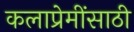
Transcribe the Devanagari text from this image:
कलाप्रेमींसाठी